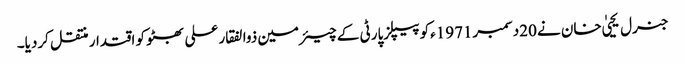
جنرل یحییٰ خان نے 20دسمبر1971ءکو پیپلزپارٹی کے چیئرمین ذوالفقار علی بھٹو کو اقتدار منتقل کردیا۔